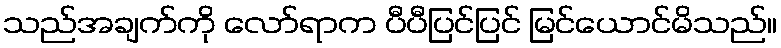
သည်အချက်ကို လော်ရာက ပီပီပြင်ပြင် မြင်ယောင်မိသည်။